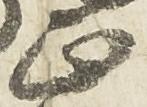
正